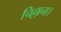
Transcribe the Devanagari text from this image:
चिल्लाना।